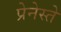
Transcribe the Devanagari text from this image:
प्रेनेस्ते